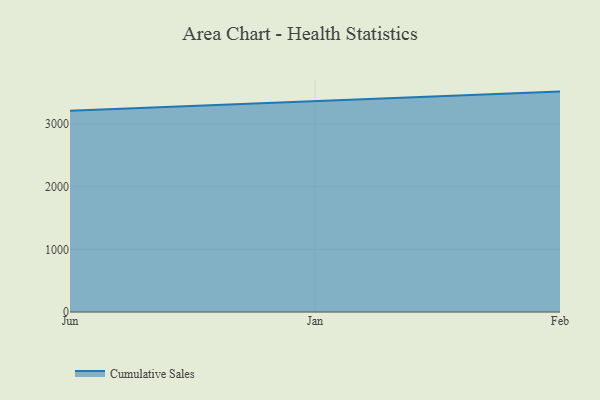
{"axis": {"x": "Month", "y": "Active Users"}, "legend": ["Cumulative Sales"], "data": [{"x": "Jun", "y": 3211.9, "type": "Cumulative Sales"}, {"x": "Jan", "y": 3363.4, "type": "Cumulative Sales"}, {"x": "Feb", "y": 3517.4, "type": "Cumulative Sales"}]}